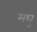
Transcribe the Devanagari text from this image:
मघु